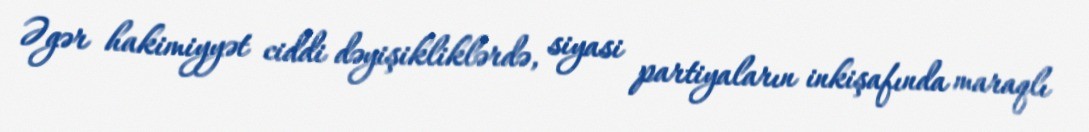
Əgər hakimiyyət ciddi dəyişikliklərdə, siyasi partiyaların inkişafında maraqlı